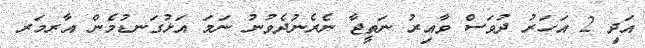
އަދި 2 އަހަރު ދުވަސް ވާއިރު ނަތީޖާ ނެރެނުދެވުނު ނަމަ އަޅުގަނޑުމެން އާރމަރ